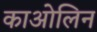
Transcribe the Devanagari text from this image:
काओलिन